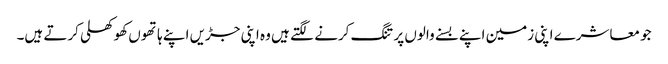
جو معاشرے اپنی زمین اپنے بسنے والوں پر تنگ کرنے لگتے ہیں وہ اپنی جڑیں اپنے ہاتھوں کھوکھلی کرتے ہیں۔